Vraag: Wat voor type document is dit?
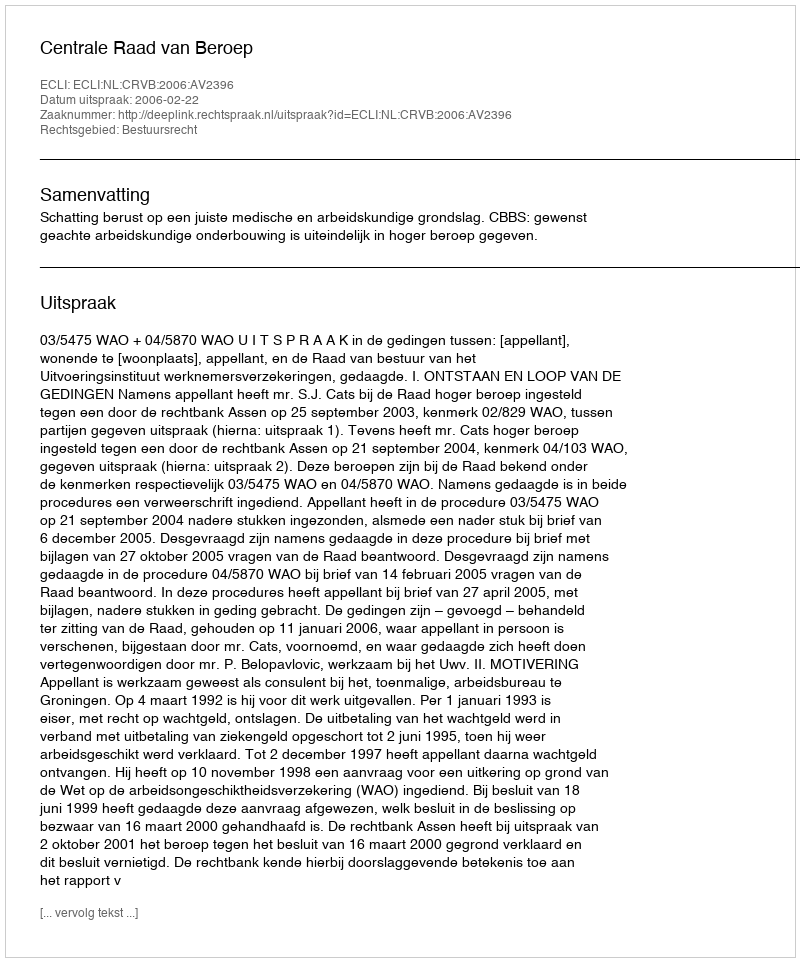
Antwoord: Uitspraak